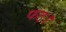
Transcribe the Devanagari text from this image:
फट।